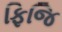
ફિજિ